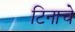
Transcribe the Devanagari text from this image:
टिनाचे